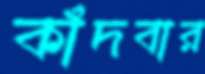
কাঁদবার